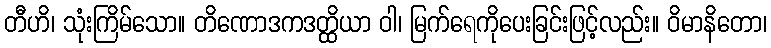
တီဟိ၊ သုံးကြိမ်သော။ တိဏောဒကဒတ္ထိယာ ဝါ၊ မြက်ရေကိုပေးခြင်းဖြင့်လည်း။ ဝိမာနိတော၊